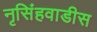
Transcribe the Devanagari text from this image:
नृसिंहवाडीस